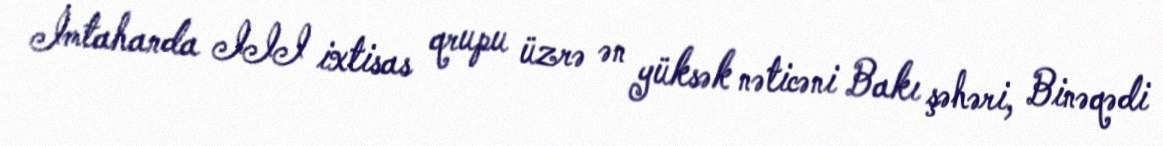
İmtahanda III ixtisas qrupu üzrə ən yüksək nəticəni Bakı şəhəri, Binəqədi